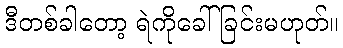
ဒီတစ်ခါတော့ ရဲကိုခေါ်ခြင်းမဟုတ်။